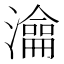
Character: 㵸